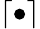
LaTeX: \left\lceil\bullet\right\rceil